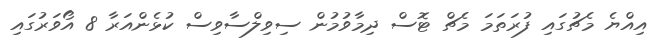
އިއްޔެ މެޗުގައި ފުރަތަމަ މެޗް ޓޮސް ދިމާވުމުން ސިވިލްސާވިސް ކުޅެންއަރާ 8 އޯވަރުގައި